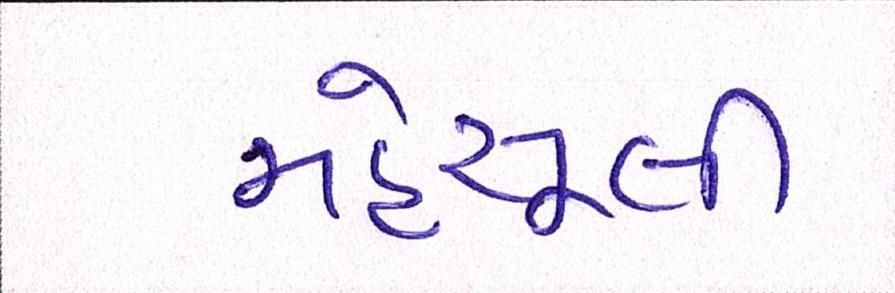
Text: મહેસૂલી